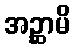
အဉ္ဆာမိ